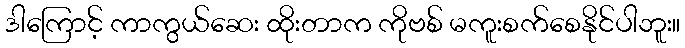
ဒါကြောင့် ကာကွယ်ဆေး ထိုးတာက ကိုဗစ် မကူးစက်စေနိုင်ပါဘူး။